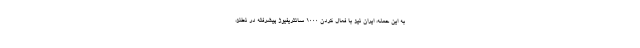
به این حمله، ایران نیز با فعال کردن ۱۰۰۰ سانتریفیوژ پیشرفته در نطنز،